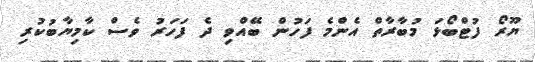
ޔޫރޯ ފުޓްބޯޅަ މުބާރާތް އެންމެ ފަހުން ބޭއްވި ދެ ފަހަރު ވެސް ކާމިޔާބުކުރި